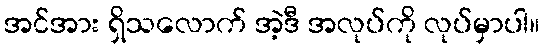
အင်အား ရှိသလောက် အဲ့ဒီ အလုပ်ကို လုပ်မှာပါ။